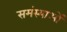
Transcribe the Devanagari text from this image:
समंस्याओं